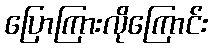
ပြောကြားလိုကြောင်း